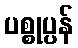
ပစ္စုပ္ပန်